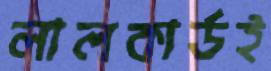
লালকার্ডই